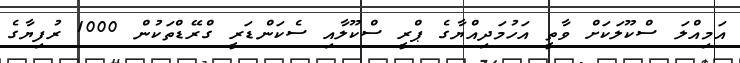
އަމިއްލަ ސްކޫލަކަށް ވާތީ އަހުމަދިއްޔާގެ ޕްރީ ސްކޫލާއި ސެކަންޑަރީ ގްރޭޑްތަކުން 1000 ރުފިޔާގެ